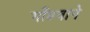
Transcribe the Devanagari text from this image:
गौंडवाने